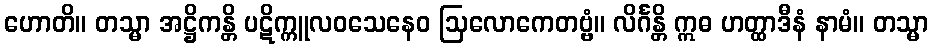
ဟောတိ။ တသ္မာ အဋ္ဌိကန္တိ ပဋိက္ကူလဝသေနေဝ ဩလောကေတဗ္ဗံ။ လိင်္ဂန္တိ ဣဓ ဟတ္ထာဒီနံ နာမံ။ တသ္မာ